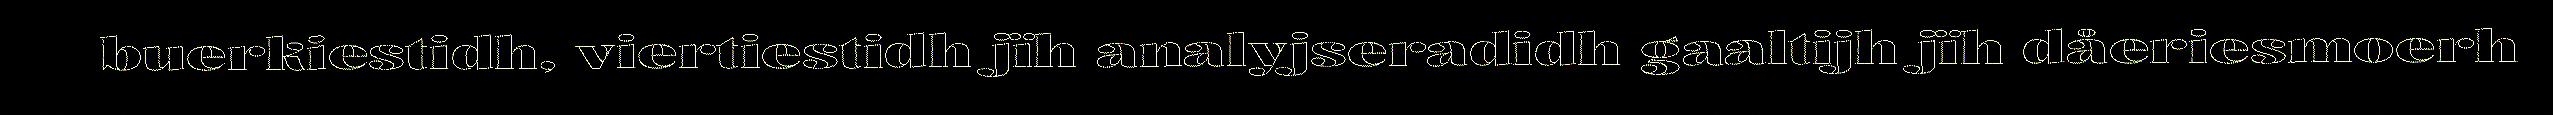
buerkiestidh, viertiestidh jïh analyjseradidh gaaltijh jïh dåeriesmoerh